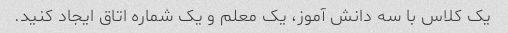
یک کلاس با سه دانش آموز، یک معلم و یک شماره اتاق ایجاد کنید.